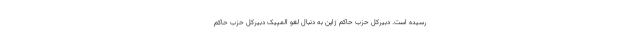
رسیده است. دبیرکل حزب حاکم ژاپن به دنبال لغو المپیک دبیرکل حزب حاکم